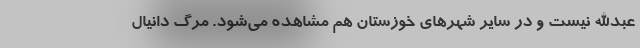
عبدالله نیست و در سایر شهر‌های خوزستان هم مشاهده می‌شود. مرگ دانیال